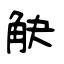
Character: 觖